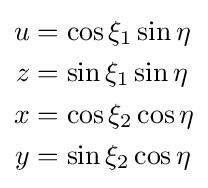
{\begin{aligned}u&=\cos \xi _{1}\sin \eta \\z&=\sin \xi _{1}\sin \eta \\x&=\cos \xi _{2}\cos \eta \\y&=\sin \xi _{2}\cos \eta \end{aligned}}